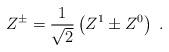
LaTeX: \begin{align*}Z^\pm = \frac{1}{\sqrt{2}}\left(Z^1\pm Z^0\right) \ .\end{align*}